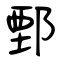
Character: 鄄